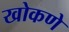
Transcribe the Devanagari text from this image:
खोकणे